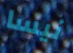
نيسا